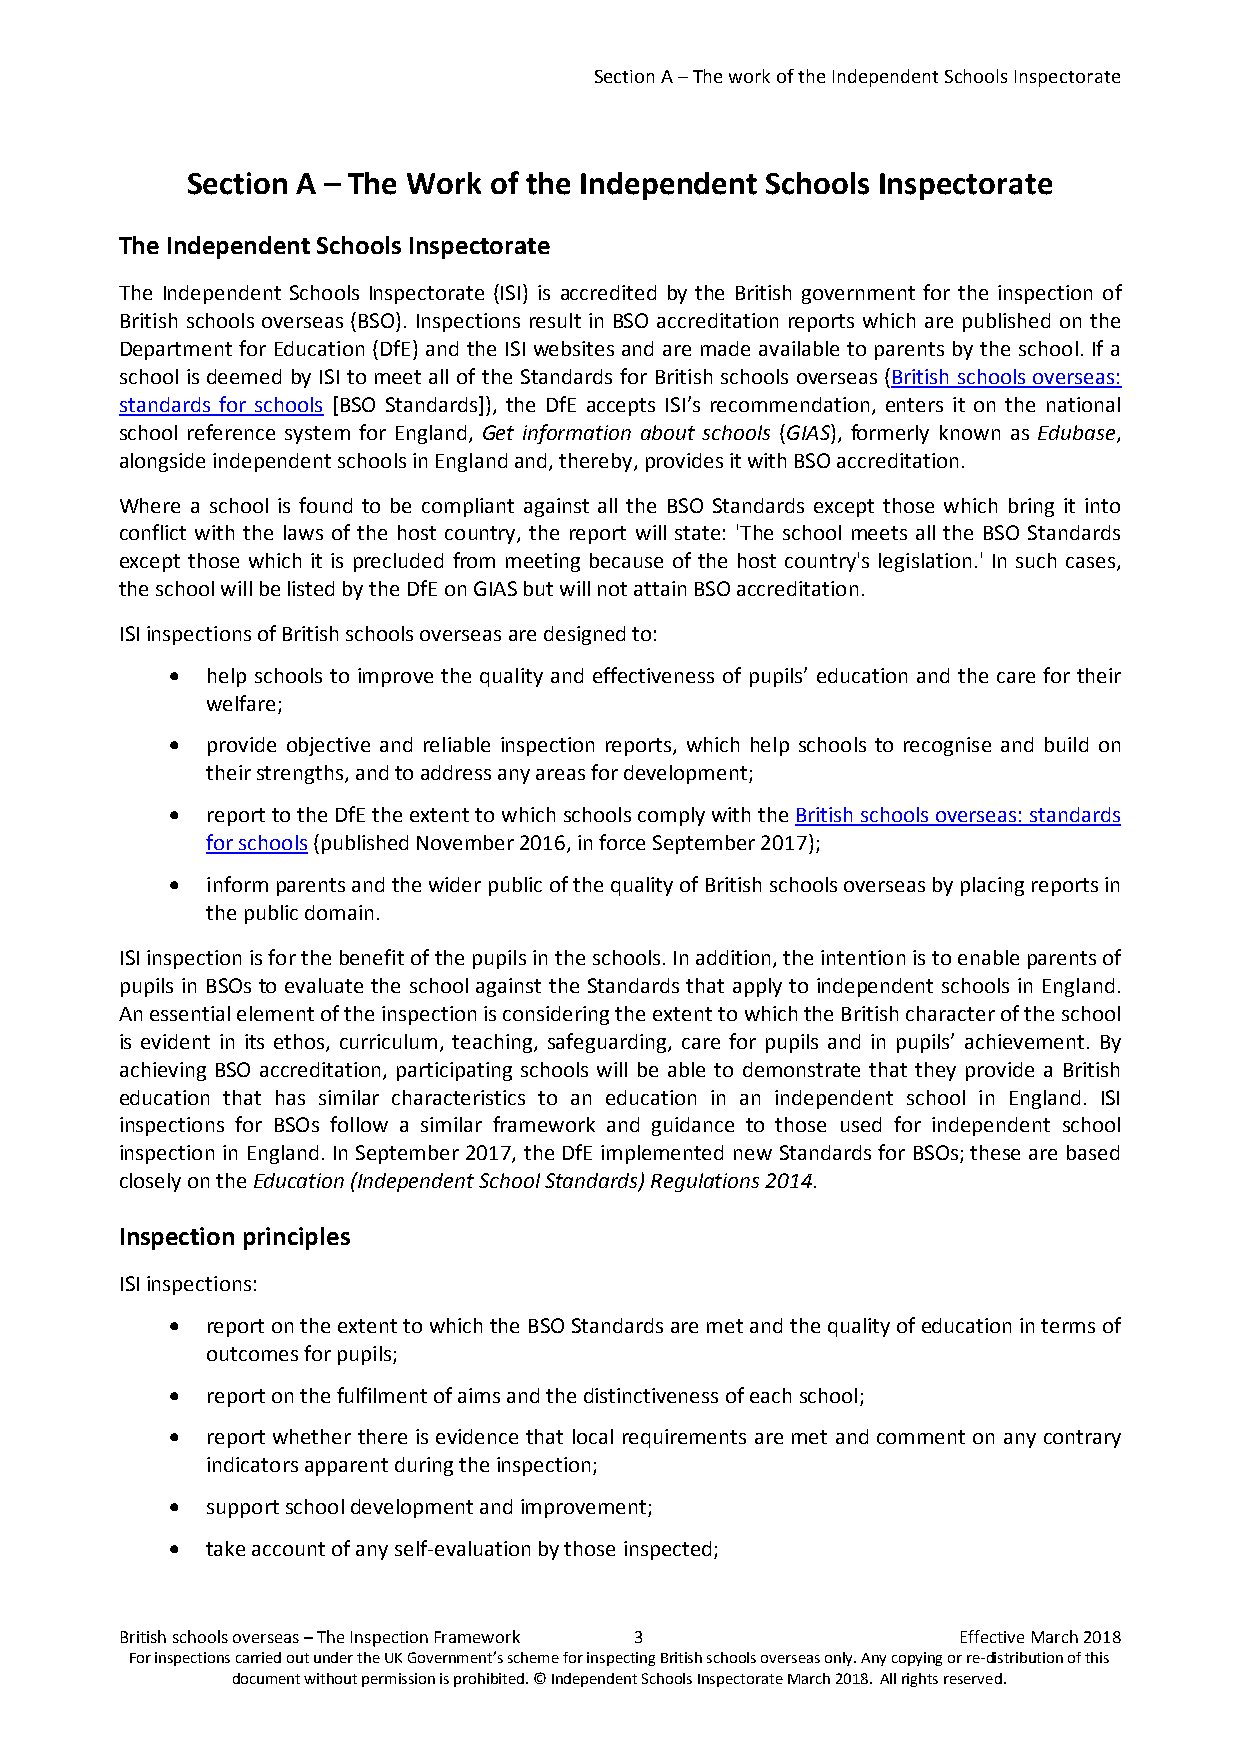
Section A – The work of the Independent Schools Inspectorate
 Section A – The Work of the Independent Schools Inspectorate
 The Independent Schools Inspectorate
 The Independent Schools Inspectorate (ISI) is accredited by the British government for the inspection of
 British schools overseas (BSO). Inspections result in BSO accreditation reports which are published on the
 Department for Education (DfE) and the ISI websites and are made available to parents by the school. If a
 school is deemed by ISI to meet all of the Standards for British schools overseas (British schools overseas:
 standards for schools [BSO Standards]), the DfE accepts ISI’s recommendation, enters it on the national
 school reference system for England, Get information about schools (GIAS), formerly known as Edubase,
 alongside independent schools in England and, thereby, provides it with BSO accreditation.
 Where a school is found to be compliant against all the BSO Standards except those which bring it into
 conflict with the laws of the host country, the report will state: 'The school meets all the BSO Standards
 except those which it is precluded from meeting because of the host country's legislation.' In such cases,
 the school will be listed by the DfE on GIAS but will not attain BSO accreditation.
 ISI inspections of British schools overseas are designed to:
 •  help schools to improve the quality and effectiveness of pupils’ education and the care for their
 welfare;
 •  provide objective and reliable inspection reports, which help schools to recognise and build on
 their strengths, and to address any areas for development;
 •  report to the DfE the extent to which schools comply with the British schools overseas: standards
 for schools (published November 2016, in force September 2017);
 •  inform parents and the wider public of the quality of British schools overseas by placing reports in
 the public domain.
 ISI inspection is for the benefit of the pupils in the schools. In addition, the intention is to enable parents of
 pupils in BSOs to evaluate the school against the Standards that apply to independent schools in England.
 An essential element of the inspection is considering the extent to which the British character of the school
 is evident in its ethos, curriculum, teaching, safeguarding, care for pupils and in pupils’ achievement. By
 achieving BSO accreditation, participating schools will be able to demonstrate that they provide a British
 education that has similar characteristics to an education in an independent school in England. ISI
 inspections for BSOs follow a similar framework and guidance to those used for independent school
 inspection in England. In September 2017, the DfE implemented new Standards for BSOs; these are based
 closely on the Education (Independent School Standards) Regulations 2014.
 Inspection principles
 ISI inspections:
 •  report on the extent to which the BSO Standards are met and the quality of education in terms of
 outcomes for pupils;
 •  report on the fulfilment of aims and the distinctiveness of each school;
 •  report whether there is evidence that local requirements are met and comment on any contrary
 indicators apparent during the inspection;
 •  support school development and improvement;
 •  take account of any self-evaluation by those inspected;
 British schools overseas – The Inspection Framework 3  Effective March 2018
 For inspections carried out under the UK Government’s scheme for inspecting British schools overseas only. Any copying or re-distribution of this
 document without permission is prohibited. © Independent Schools Inspectorate March 2018. All rights reserved.